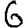
Digit: 6